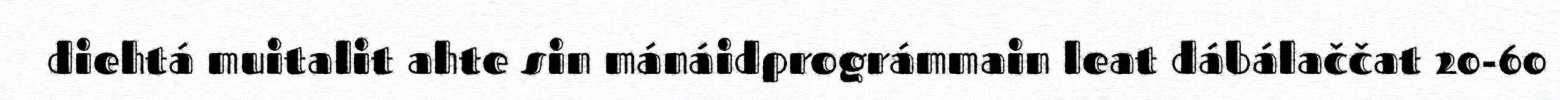
diehtá muitalit ahte sin mánáidprográmmain leat dábálaččat 20-60